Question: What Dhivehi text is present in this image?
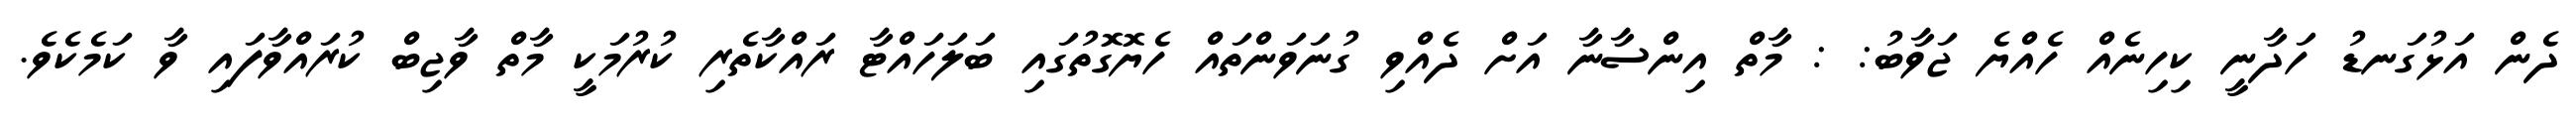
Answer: ދެން އަޅުގަނޑު ހަދާނީ ކިހިނެއް ހެއްޔެ ޖަވާބު: : މާތް އިންސާނާ އަށް ދެއްވި ގުނަވަންތައް ހެޔޮގޮތުގައި ބަލަހައްޓާ ރައްކާތެރި ކުރުމަކީ މާތް ވާޖިބް ކުރައްވާފައި ވާ ކަމެކެވެ.